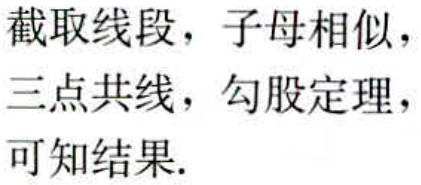
截取线段，子母相似，

三点共线，勾股定理，

可知结果.